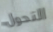
التحول